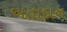
અતાદાન